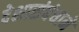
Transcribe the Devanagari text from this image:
देशासंबंधाने